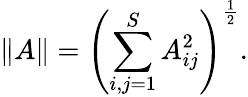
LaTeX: \| A\| =\left(\sum_{i,j=1}^{S}A_{ij}^{2}\right)^{\frac 12}.